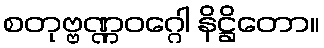
စတုဗ္ဗဏ္ဏဝဂ္ဂေါ နိဋ္ဌိတော။